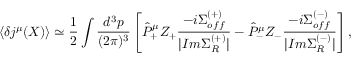
\langle \delta j ^ { \mu } ( X ) \rangle \simeq \frac { 1 } { 2 } \int \frac { d ^ { \, 3 } p } { ( 2 \pi ) ^ { 3 } } \left[ \hat { \cal P } _ { + } ^ { \mu } Z _ { + } \frac { - i \Sigma _ { o f f } ^ { ( + ) } } { | I m \Sigma _ { R } ^ { ( + ) } | } - \hat { \cal P } _ { - } ^ { \mu } Z _ { - } \frac { - i \Sigma _ { o f f } ^ { ( - ) } } { | I m \Sigma _ { R } ^ { ( - ) } | } \right] ,